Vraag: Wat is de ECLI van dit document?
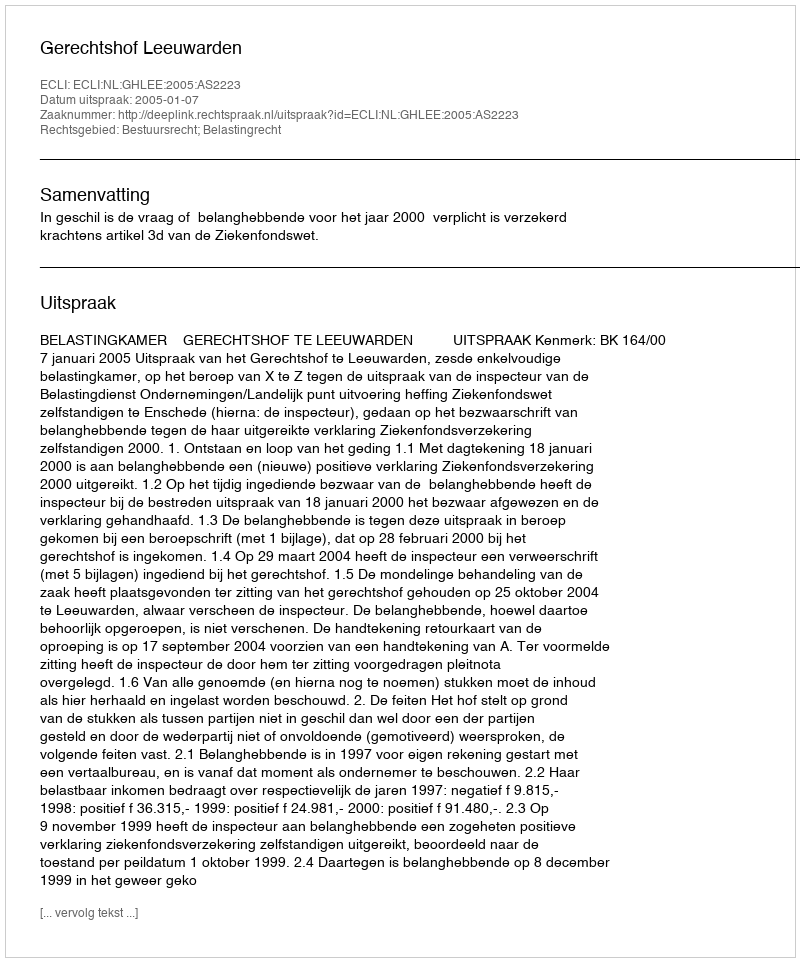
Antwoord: ECLI:NL:GHLEE:2005:AS2223